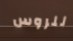
للروس